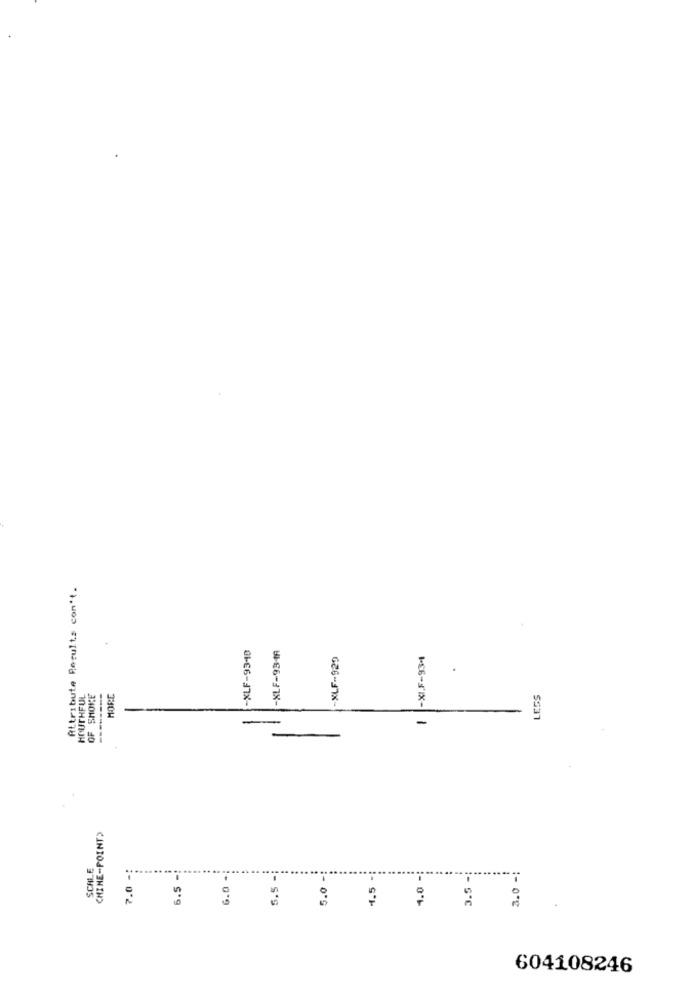
Attribute Results con't.
-XLF-9348
-XLF-9348
-XLF-929
1 -XIF-934
MOUTHFUL
OF SMOKE
HORE
LESS
-
-
CHINE-POINT
SCALE
7.0 -:
6.5 -
5.5 -
5.0 -
1.0 -
3.5 -
3.0 -1
5.0
1.5
604108246